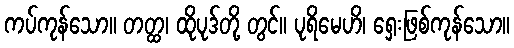
ကပ်ကုန်သော။ တတ္ထ၊ ထိုပုဒ်တို့ တွင်။ ပုရိမေဟိ၊ ရှေးဖြစ်ကုန်သော။